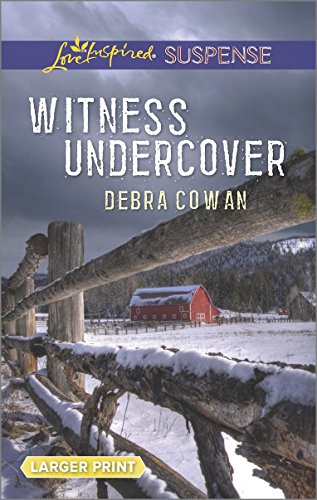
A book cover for Witness Undercover (Love Inspired Large Print Suspense); Debra Cowan; Romance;